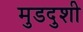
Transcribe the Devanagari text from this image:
मुडदुशी